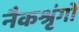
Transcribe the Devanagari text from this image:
नैकश्रृंगो